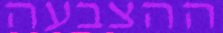
ההצבעה